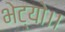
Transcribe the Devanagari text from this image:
भेट्यो।।